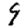
Digit: 9